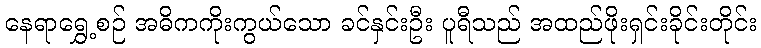
နေရာရွှေ့စဉ် အဓိကကိုးကွယ်သော ခင်နှင်းဦး ပူရီသည် အထည်ဖိုးရှင်းခိုင်းတိုင်း